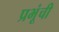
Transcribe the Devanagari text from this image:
प्रभूंची